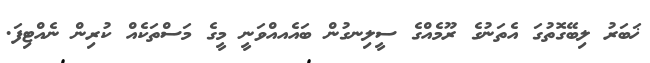
ޚަބަރު ލިބޭގޮތުގަ އެތަނުގެ ރޫމެއްގެ ސީލިނގުން ބައެއއްވަނީ މީގެ މަސްތަކެއް ކުރިން ނެއްޓިފަ.